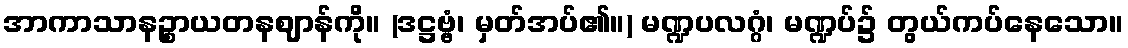
အာကာသာနဉ္စာယတနဈာန်ကို။ (ဒဋ္ဌဗ္ဗံ၊ မှတ်အပ်၏။) မဏ္ဍပလဂ္ဂံ၊ မဏ္ဍပ်၌ တွယ်ကပ်နေသော။